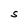
Character: S